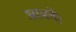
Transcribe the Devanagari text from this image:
आयतें।